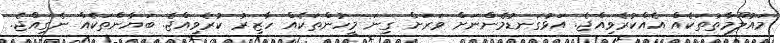
މައުލޫމާތުތަކެއް އެއްކުރެވިއްޖެ. އަޅުގަނޑުމެންނަށް ވަރަށް ގިނަ މީހުންތަކެއް ހާޒިރު ކުރެވިއްޖެ. ބަޔާންތަކެއް ނެގިއްޖެ.